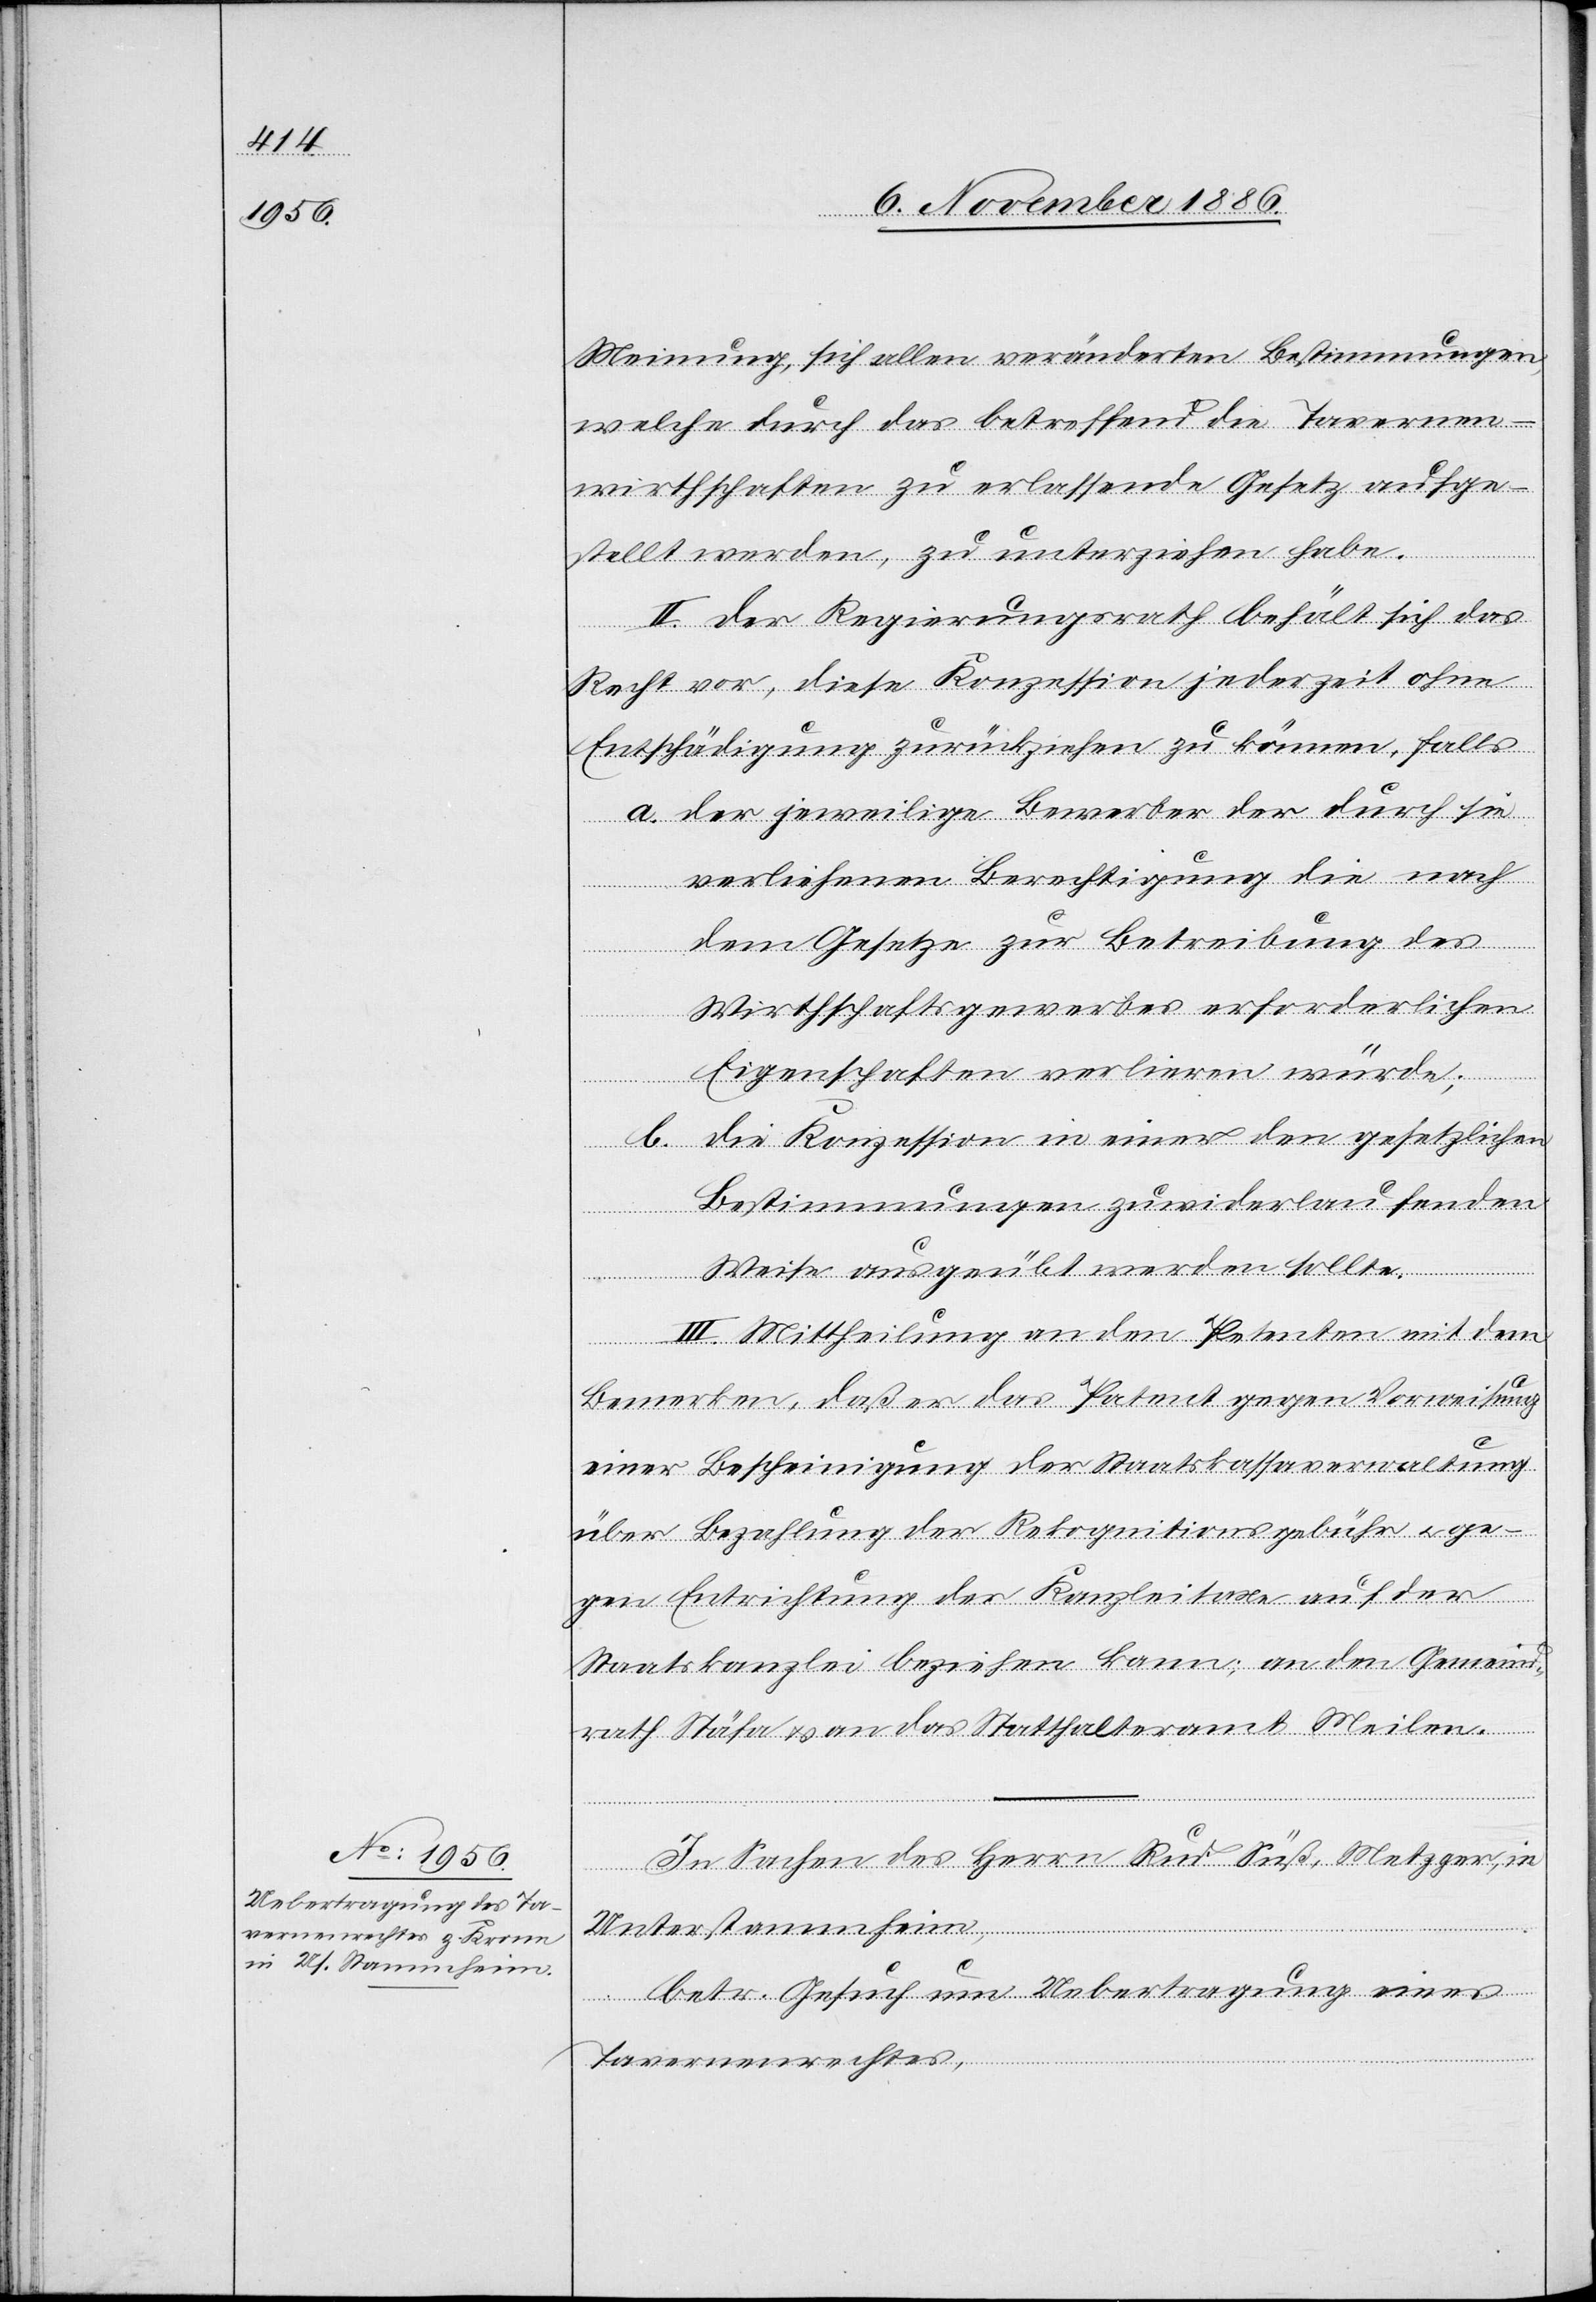
welche durch das betreffend die Tavernen¬
wirthschaften zu erlassende Gesetz aufge¬
Bestimmungen,
stellt werden, zu unterziehen habe.
II. Der Regierungsrath behält sich das
Recht vor, diese Konzession jederzeit ohne
Entschädigung zurückziehen zu können, falls
a. der jeweilige Bewerber der durch sie
verliehenen Berechtigung die nach
dem Gesetze zur Betreibung des
Wirthschaftsgewerbes erforderlichen
sich
Eigenschaften verlieren würde;
b. die Konzession in einer den gesetzlichen
Bestimmungen zuwiderlaufenden
Weise ausgeübt werden sollte.
III. Mittheilung an den Petenten mit dem
Bemerken, daß er das Patent gegen Vorweisung
einer Bescheinigung der Staatskassaverwaltung
über Bezahlung der Rekognitionsgebühr & ge¬
gen Entrichtung der Kanzleitaxe auf der
Staatskanzlei beziehen kann; an den Gemeind¬
rath Stäfa & an das Statthalteramt Meilen.
In Sachen des Herrn Rud. Süß, Metzger, in
er]
Unterstammheim,
betr. Gesuch um Uebertragung eines
Tavernenrechtes,